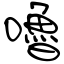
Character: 嚕